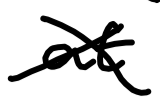
Text: at
Cross-out: cross
Writing tool: digital_black